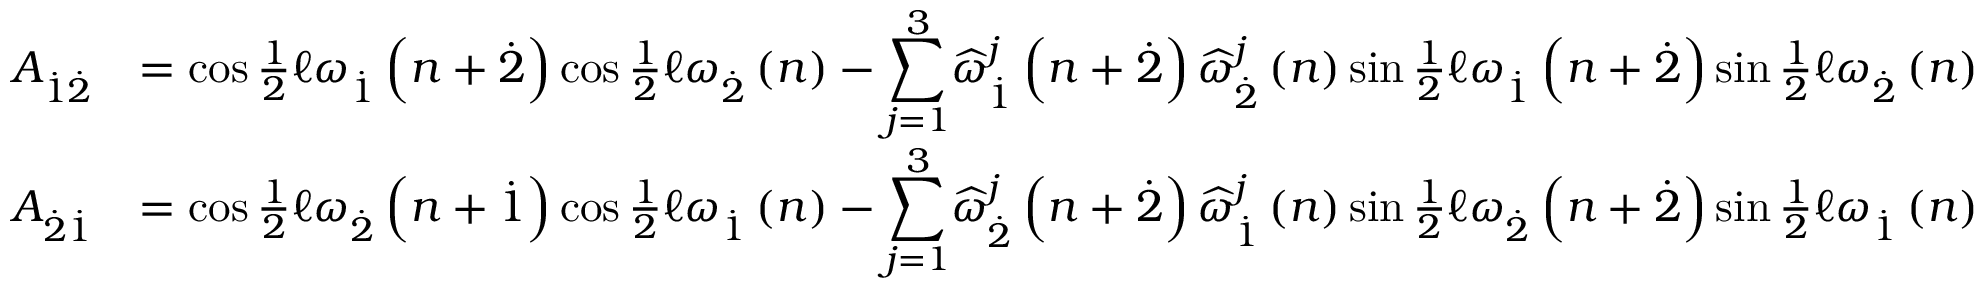
\begin{array} { r l } { A _ { \overset { . } { 1 } \overset { . } { 2 } } } & { = \cos \frac { 1 } { 2 } \mathcal { \ell } \omega _ { \overset { . } { 1 } } \left( n + \overset { . } { 2 } \right) \cos \frac { 1 } { 2 } \mathcal { \ell } \omega _ { \overset { . } { 2 } } \left( n \right) - { \displaystyle \sum _ { j = 1 } ^ { 3 } } \widehat { \omega } _ { \overset { . } { 1 } } ^ { j } \left( n + \overset { . } { 2 } \right) \widehat { \omega } _ { \overset { . } { 2 } } ^ { j } \left( n \right) \sin \frac { 1 } { 2 } \mathcal { \ell } \omega _ { \overset { . } { 1 } } \left( n + \overset { . } { 2 } \right) \sin \frac { 1 } { 2 } \mathcal { \ell } \omega _ { \overset { . } { 2 } } \left( n \right) } \\ { A _ { \overset { . } { 2 } \overset { . } { 1 } } } & { = \cos \frac { 1 } { 2 } \mathcal { \ell } \omega _ { \overset { . } { 2 } } \left( n + \overset { . } { 1 } \right) \cos \frac { 1 } { 2 } \mathcal { \ell } \omega _ { \overset { . } { 1 } } \left( n \right) - { \displaystyle \sum _ { j = 1 } ^ { 3 } } \widehat { \omega } _ { \overset { . } { 2 } } ^ { j } \left( n + \overset { . } { 2 } \right) \widehat { \omega } _ { \overset { . } { 1 } } ^ { j } \left( n \right) \sin \frac { 1 } { 2 } \mathcal { \ell } \omega _ { \overset { . } { 2 } } \left( n + \overset { . } { 2 } \right) \sin \frac { 1 } { 2 } \mathcal { \ell } \omega _ { \overset { . } { 1 } } \left( n \right) } \end{array}